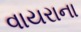
વાયરાના